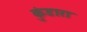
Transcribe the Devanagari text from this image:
कुंडारा